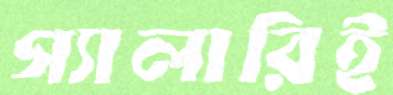
গ্যালারিই